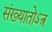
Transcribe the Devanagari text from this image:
संख्यातोऽत्र